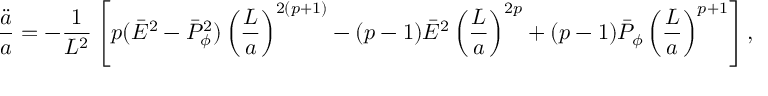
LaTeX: { \frac { \ddot { a } } { a } } = - { \frac { 1 } { L ^ { 2 } } } \left[ p ( \bar { E } ^ { 2 } - \bar { P } _ { \phi } ^ { 2 } ) \left( { \frac { L } { a } } \right) ^ { 2 ( p + 1 ) } - ( p - 1 ) \bar { E } ^ { 2 } \left( { \frac { L } { a } } \right) ^ { 2 p } + ( p - 1 ) \bar { P } _ { \phi } \left( { \frac { L } { a } } \right) ^ { p + 1 } \right] ,